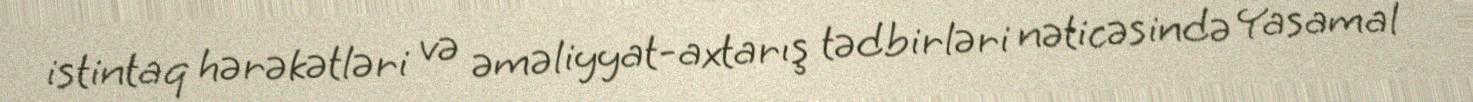
istintaq hərəkətləri və əməliyyat-axtarış tədbirləri nəticəsində Yasamal